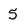
Character: 5